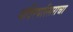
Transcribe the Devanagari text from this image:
मंदिरपरिसराचा